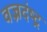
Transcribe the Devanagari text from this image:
वज्रदंष्ट्र